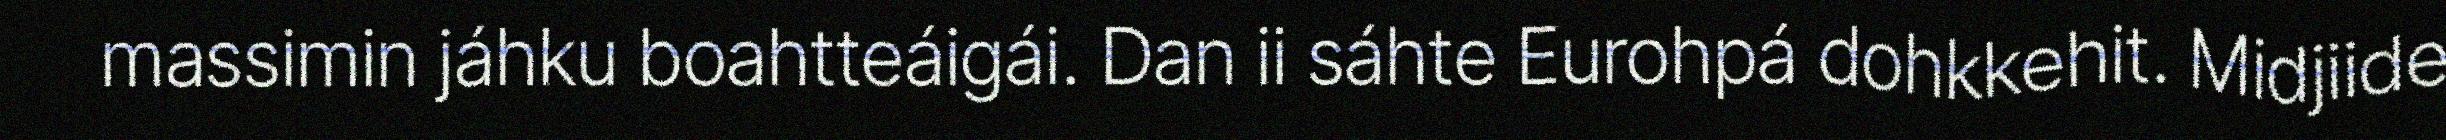
massimin jáhku boahtteáigái. Dan ii sáhte Eurohpá dohkkehit. Midjiide